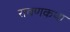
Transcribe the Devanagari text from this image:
रावणकथा